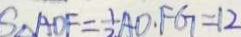
S _ { \Delta A D F } = \frac { 1 } { 2 } A D . F G = 1 2